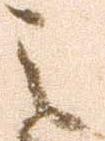
之